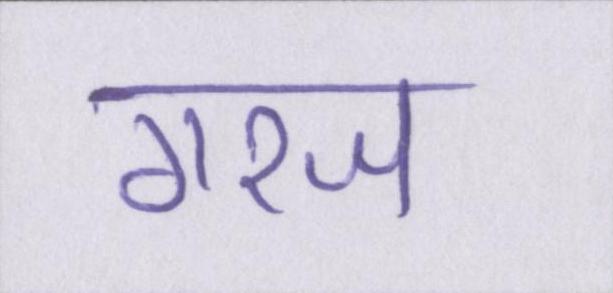
गरज